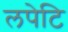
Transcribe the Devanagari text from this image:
लपेटि